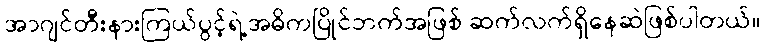
အာဂျင်တီးနားကြယ်ပွင့်ရဲ့အဓိကပြိုင်ဘက်အဖြစ် ဆက်လက်ရှိနေဆဲဖြစ်ပါတယ်။